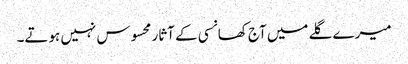
میرے گلے میں آج کھانسی کے آثار محسوس نہیں ہوتے۔